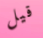
قيل